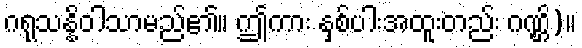
ဂရုသန္နိဝါသာမည်၏။ ဤကား နှစ်ပါးအထူးတည်း ဂဏ္ဌိ)။